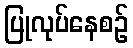
ပြုလုပ်နေစဉ်